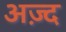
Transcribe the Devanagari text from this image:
अज़्द